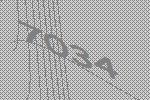
7034